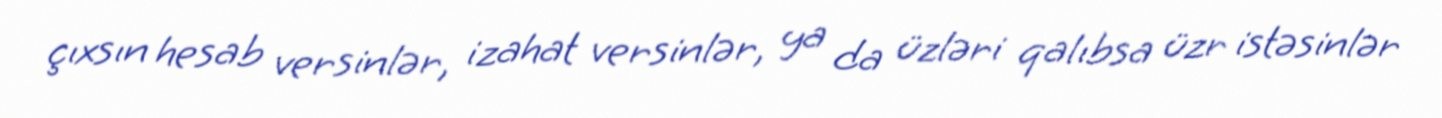
çıxsın hesab versinlər, izahat versinlər, ya da üzləri qalıbsa üzr istəsinlər